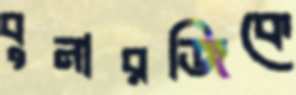
বুনারজিকে